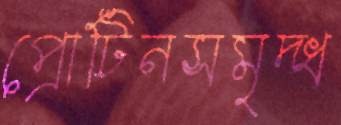
প্রোটিনসমৃদ্ধ